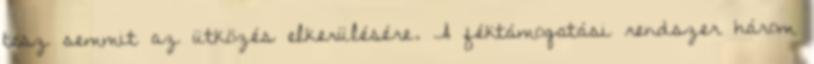
tesz semmit az ütközés elkerülésére. A féktámogatási rendszer három